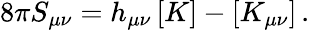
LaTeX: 8\pi S_{\mu\nu}=h_{\mu\nu}\, [K]-[K_{\mu\nu}]\, .